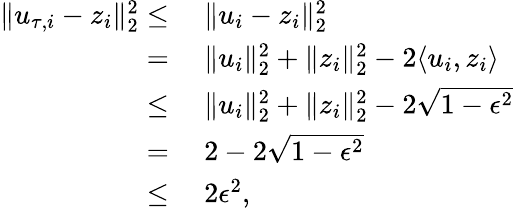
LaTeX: \begin{array}{rl}{\| u_{\tau,i}-z_{i}\| _{2}^{2}\leq}&{~\| u_{i}-z_{i}\| _{2}^{2}}\\ {=}&{~\| u_{i}\| _{2}^{2}+\| z_{i}\| _{2}^{2}-2\langle u_{i},z_{i}\rangle}\\ {\leq}&{~\| u_{i}\| _{2}^{2}+\| z_{i}\| _{2}^{2}-2\sqrt{1-\epsilon^{2}}}\\ {=}&{~2-2\sqrt{1-\epsilon^{2}}}\\ {\leq}&{~2\epsilon^{2},}\end{array}